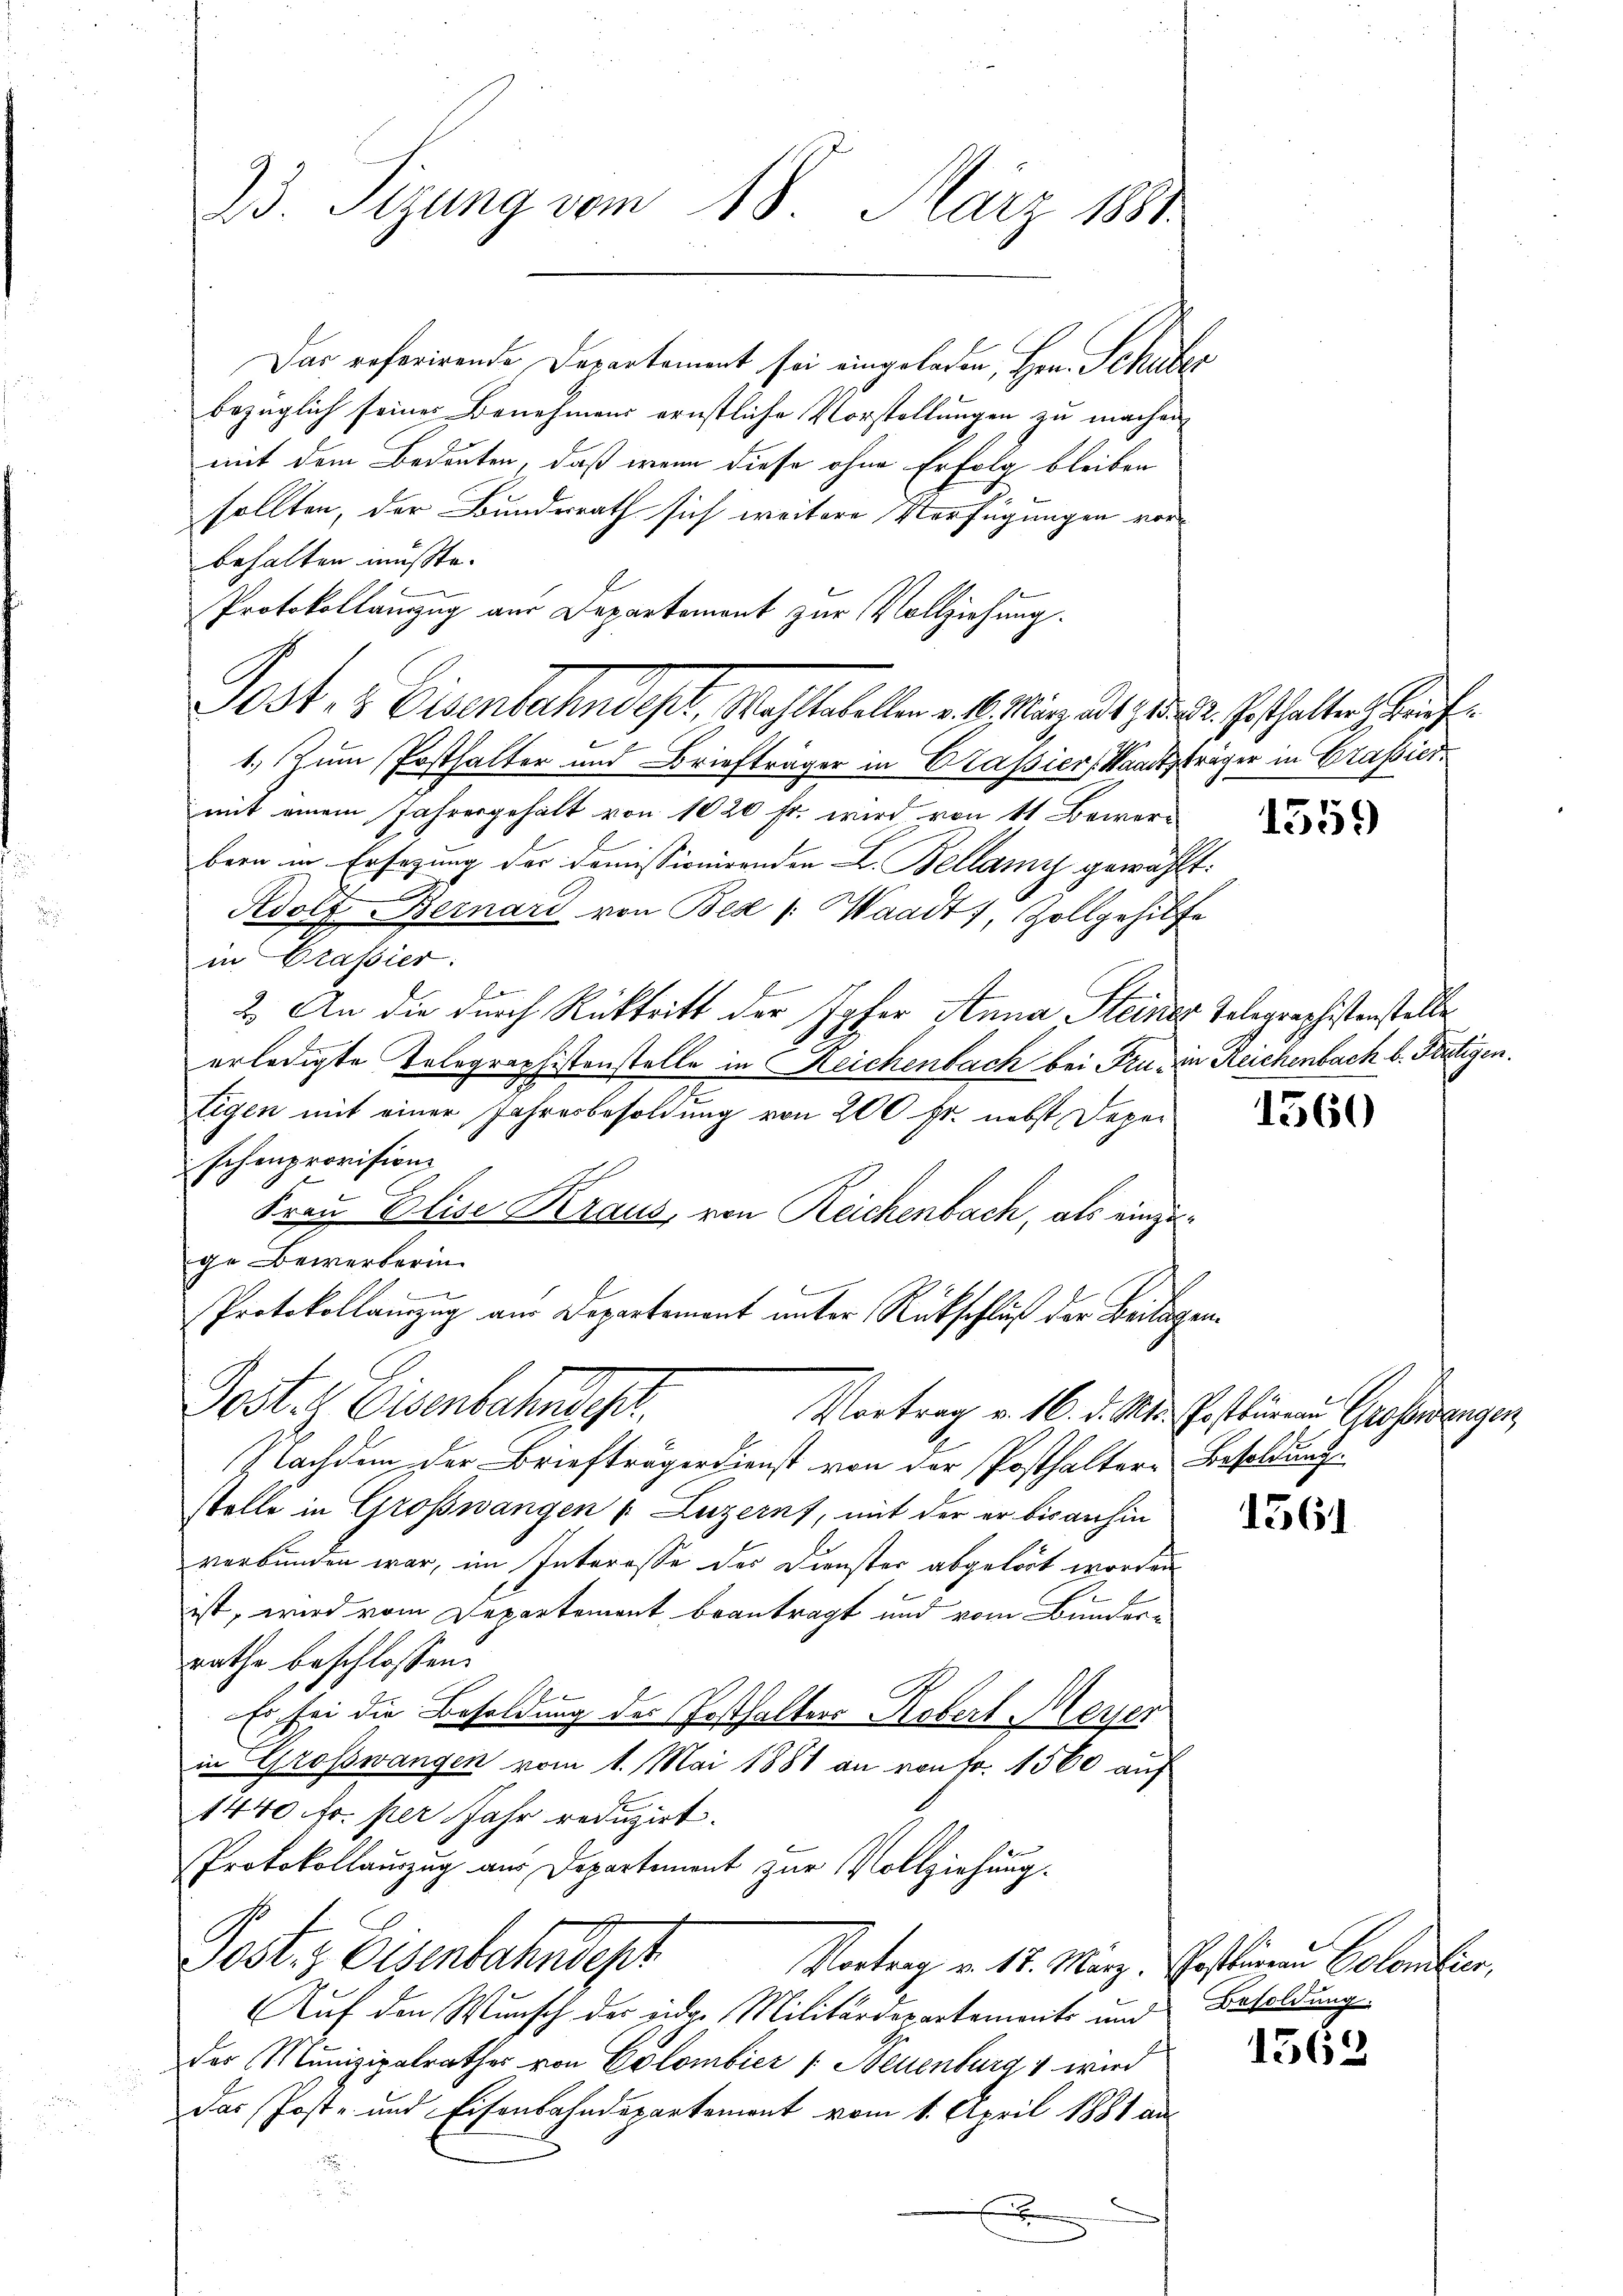
23. Sizung vom 18. März 1881.

Das referirende Departement sei eingeladen, Hrn. Schuber
bezüglich seiner Benehmens ernstliche Vorstellungen zu machen
mit dem Bedeuten, daß wenn diese ohne Erfolg bleiben
sollten, der Bundesrath sich weitere Verfügungen vorbehalten müsste.
Protokollanzug aus Departement zur Vollziehung.
1.) Zum Posthalter und Briefträger in Classier Standtsträger in Grassiermit einem Jahresgehalt von 1020 fr. wird von 11 Bewer-
bern in Ersezung der Domissionirenden L. Bellanz gewählt:
Adolf Bernard von Bea /: Waadt, Zollgehilfe
in Drassier:
2. An die durch Rücktritt der Ipher Anna Steiner Telegraphistenstelle
erledigte Telegraphistenstelle in Reichenbach bei Fr. in Reichenbach b. Frutigen.
tigen mit einer Jahresbesoldung von 200 fr. nebst Deper
schenprovision
Frau Elise Kraus, von Reichenbach, als einzuge Bewerberin
.
Protokollamzug aus Departement unter Rückschluß der Beilagen.
Post. Eisenbahndep
Vortrag v. 16. d. Mts. Postbüren Grossrangen,
Nachdem der Briefträgerdienst von der Posthaltern Besoldung
stelle in Großwangen /: Luzern, mit der er bisanhin
verbunden war, im Interesse des Dienster abgelöst worden
ist, wird vom Departement beantragt und vom Bunderrathe beschlossen:
Es sei die Besoldung des Posthalters Kobert Meyer
in Großswangen vom 1. Mai 1881 an von Fr. 1560 auf
1440 fr. per Jahr reduzirt.
Protokollauszug aus Departement zur Vollziehung.
Post. Eisenbahndept
Vortrag v. 18. März. Postiren Colombier,
Auf den Wunsch der eidge Militärdepartements und Besoldung
des Munizipalrathes von Colombier /: Neuenburg 1 wird
das Post- und Eisenbahndepartement vom 1. April 1881 an
d
.

Post & Eisenbahndepl, Wohltabellen v. 1. März d. d. M. Pesthalter h. auf

1559

1560

1562